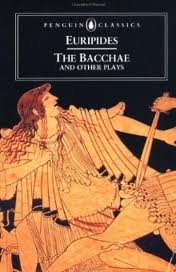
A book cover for The Bacchae and Other Plays Publisher: Penguin Classics; Revised edition; Euripides; Literature & Fiction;